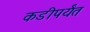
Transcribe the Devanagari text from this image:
कडीपर्यंत